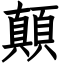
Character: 顛